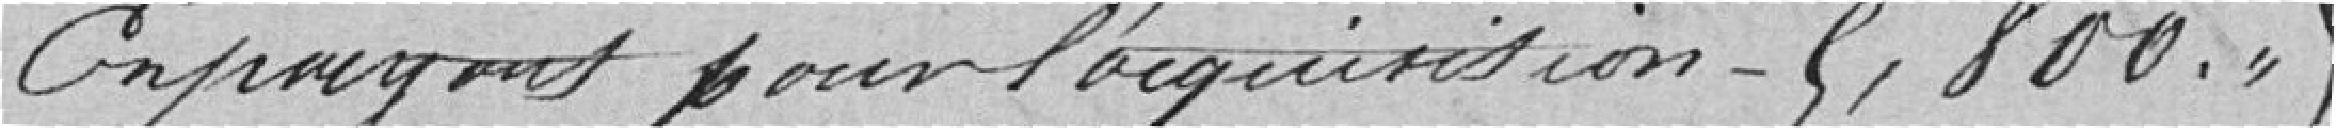
En payant pour l'acquisistion 5800